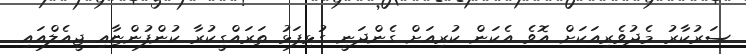
ސަރުކާރު މެދުވެރިއަކަށް އޮވެ އެކަން ކުރިއަށް ގެންދަނީ ގުޅިފަޅު ތަރައްގީކުރާ ކުންފުންޏާއި ޖީއެލްއައި